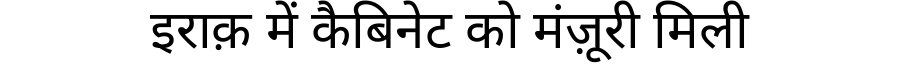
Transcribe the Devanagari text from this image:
इराक़ में कैबिनेट को मंज़ूरी मिली